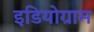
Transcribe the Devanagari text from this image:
इडियोग्राम